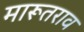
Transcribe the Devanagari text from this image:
मारूतराव